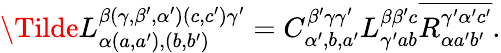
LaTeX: \begin{array}{r}{\Tilde{L}_{\alpha(a,a^{\prime}),(b,b^{\prime})}^{\beta(\gamma,\beta^{\prime},\alpha^{\prime})(c,c^{\prime})\gamma^{\prime}}=C_{\alpha^{\prime},b,a^{\prime}}^{\beta^{\prime}\gamma\gamma^{\prime}}L_{\gamma^{\prime}ab}^{\beta\beta^{\prime}c}\overline{{R_{\alpha a^{\prime}b^{\prime}}^{\gamma^{\prime}\alpha^{\prime}c^{\prime}}}}.}\end{array}